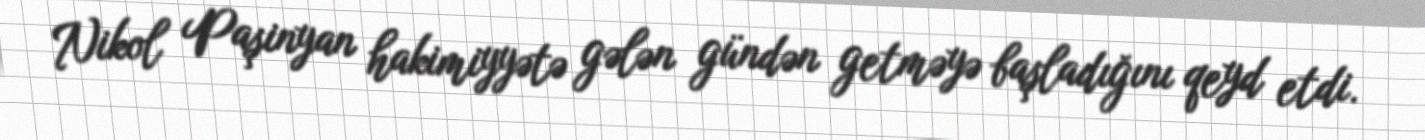
Nikol Paşinyan hakimiyyətə gələn gündən getməyə başladığını qeyd etdi.